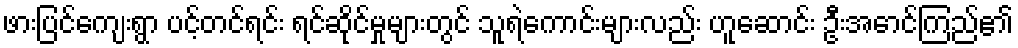
ဖားပြင်ကျေးရွာ ပင့်တင်ရင်း ရင်ဆိုင်မှုများတွင် သူရဲကောင်းများလည်း ဟူဆောင်း ဦးအောင်ကြည်၏